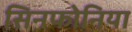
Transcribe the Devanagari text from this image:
सिनफोनिया